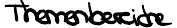
Themenbereiche